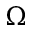
\Omega